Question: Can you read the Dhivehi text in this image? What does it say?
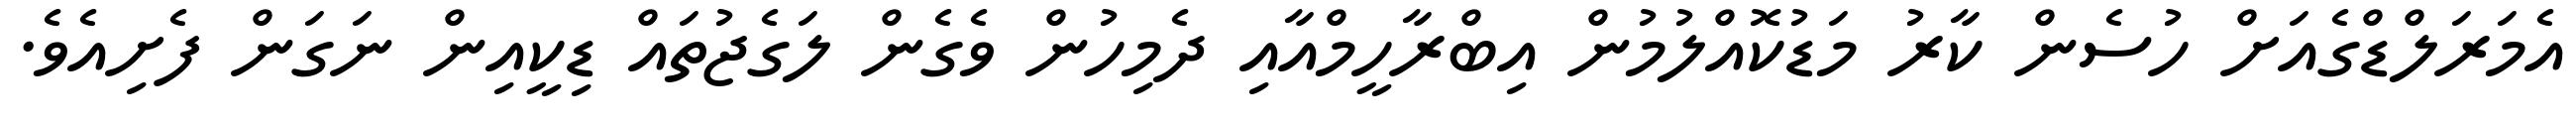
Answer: އެމަރަލްޑްގެއަށް ހުސެން ކާރު މަޑުކޮއްލުމުން އިބްރާހީމްއާއި ދެމިހުން ވެގެން ލަގެޖުތައް ޑިކީއިން ނަގަން ފެށިއެވެ.